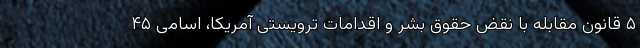
۵ قانون مقابله با نقض حقوق بشر و اقدامات ترویستی آمریکا، اسامی ۴۵